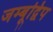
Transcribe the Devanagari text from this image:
जम्बूद्विप